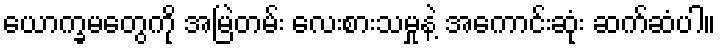
ယောက္ခမတွေကို အမြဲတမ်း လေးစားသမှုနဲ့ အကောင်းဆုံး ဆက်ဆံပါ။